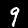
Label: 9